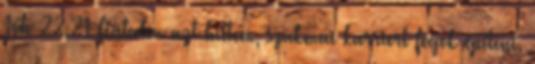
Jób 22,21 Fiatalon azt hittem, szakmai karriert fogok építeni.